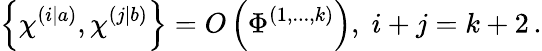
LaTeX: \left\{ \chi^{\left(i|a\right)},\chi^{\left(j|b\right)}\right\} =O\left(\Phi^{\left(1,...,k\right)}\right),\; i+j=k+2\, .